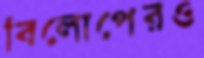
বিলোপেরও